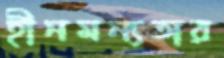
হীনমন্যতার